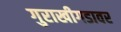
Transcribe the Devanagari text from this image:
गुराखीगडावर